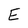
Character: E